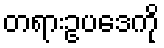
တရားဥပဒေကို